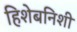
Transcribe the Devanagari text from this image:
हिशेबनिशी